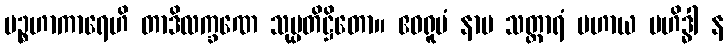
ပဉ္စဟာကာရေဟိ တာဒိလက္ခဏေ သုပ္ပတိဋ္ဌိတော။ ဧဝရူပံ နာမ သတ္ထာရံ ပဟာယ ဗဟိဒ္ဓါ န